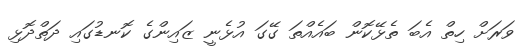
ވަރަށް ހިތް އެބަ ތެޅޭކޮން ބައެއްތަ ގޭގަ އުޅެނީ ޒައިންގެ ކޮނޑުގައި ދަތްދޮޅި